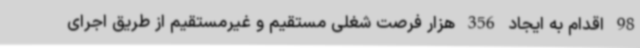
98 اقدام به ایجاد 356 هزار فرصت شغلی مستقیم و غیرمستقیم از طریق اجرای